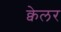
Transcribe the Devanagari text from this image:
क्वेलर